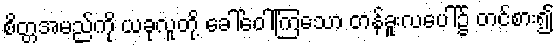
စိတ္တအမည်ကို ယခုလူတို့ ခေါ်ဝေါ်ကြသော တန်ခူးလပေါ်၌ တင်စား၍